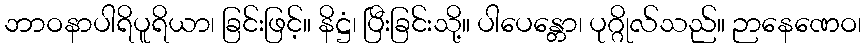
ဘာဝနာပါရိပူရိယာ၊ ခြင်းဖြင့်။ နိဋ္ဌံ၊ ပြီးခြင်းသို့။ ပါပေန္တော၊ ပုဂ္ဂိုလ်သည်။ ဉာနေဏေဝ၊